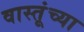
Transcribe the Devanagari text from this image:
वास्तूंच्या